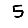
Digit: 5